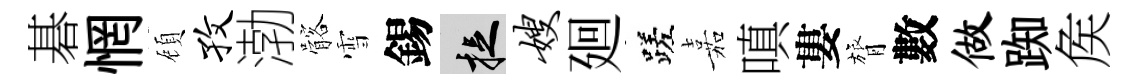
碁惘頋孜渤髂雪錫捉嫂廻蹉嘉嗔婁膂數做踟矦